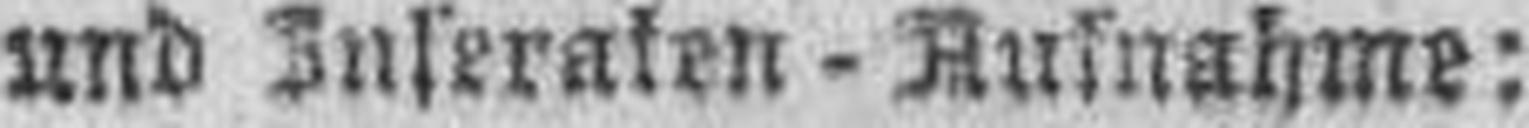
und Inseraten - Aufnahme: